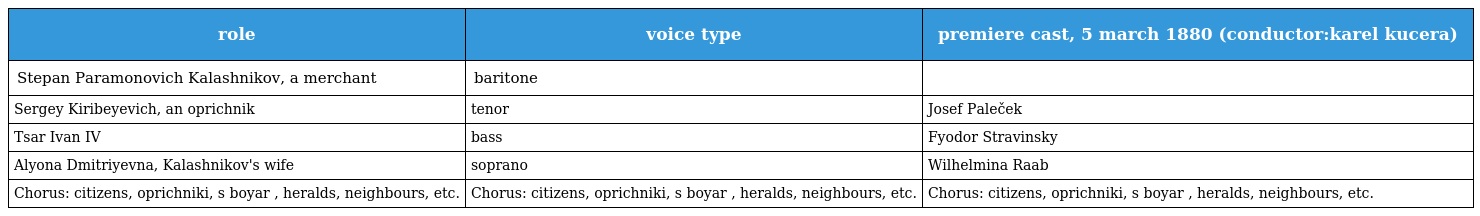
| role | voice type | premiere cast, 5 march 1880 (conductor:karel kucera) |
 | --- | --- | --- |
 | Stepan Paramonovich Kalashnikov, a merchant | baritone |  |
 | Sergey Kiribeyevich, an oprichnik | tenor | Josef Paleček |
 | Tsar Ivan IV | bass | Fyodor Stravinsky |
 | Alyona Dmitriyevna, Kalashnikov's wife | soprano | Wilhelmina Raab |
 | Chorus: citizens, oprichniki, s boyar , heralds, neighbours, etc. | Chorus: citizens, oprichniki, s boyar , heralds, neighbours, etc. | Chorus: citizens, oprichniki, s boyar , heralds, neighbours, etc. |